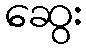
ဆွေး